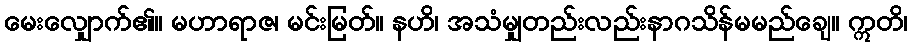
မေးလျှောက်၏။ မဟာရာဇ၊ မင်းမြတ်။ နဟိ၊ အသံမျှတည်းလည်းနာဂသိန်မမည်ချေ။ ဣတိ၊